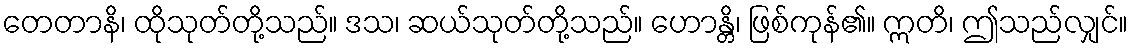
တေတာနိ၊ ထိုသုတ်တို့သည်။ ဒသ၊ ဆယ်သုတ်တို့သည်။ ဟောန္တိ၊ ဖြစ်ကုန်၏။ ဣတိ၊ ဤသည်လျှင်။